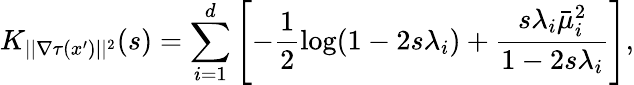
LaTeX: K_{||\nabla\tau(x^{\prime})||^{2}}(s)=\sum_{i=1}^{d}\left[-\frac{1}{2}\log(1-2s\lambda_{i})+\frac{s\lambda_{i}\bar{\mu}_{i}^{2}}{1-2s\lambda_{i}}\right],